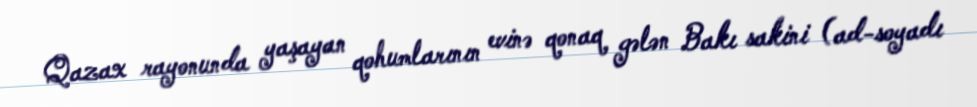
Qazax rayonunda yaşayan qohumlarının evinə qonaq gələn Bakı sakini (ad-soyadı